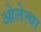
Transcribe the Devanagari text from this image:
ओलेत्या